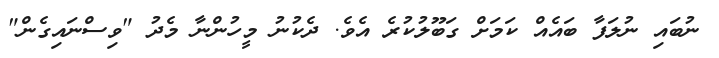
ނުބައި ނުލަފާ ބައެއް ކަމަށް ގަބޫލުކުރެ އެވެ. ދެކުނު މީހުންނާ މެދު "ވިސްނައިގެން"